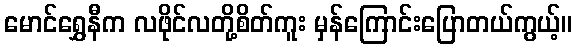
မောင်ရွှေနီက လဖိုင်လတို့စိတ်ကူး မှန်ကြောင်းပြောတယ်ကွယ့်။